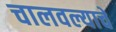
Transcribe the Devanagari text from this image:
चालवल्याचे